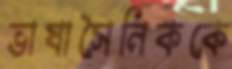
ভাষাসৈনিককে